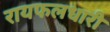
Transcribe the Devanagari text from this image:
रायफलधारी